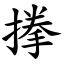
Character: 搼